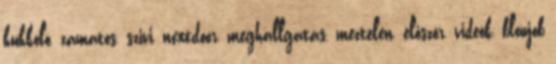
kukkoló, zamatos, szivi, nextdoor, meghallgatás, meztelen, először, videók, blowjob